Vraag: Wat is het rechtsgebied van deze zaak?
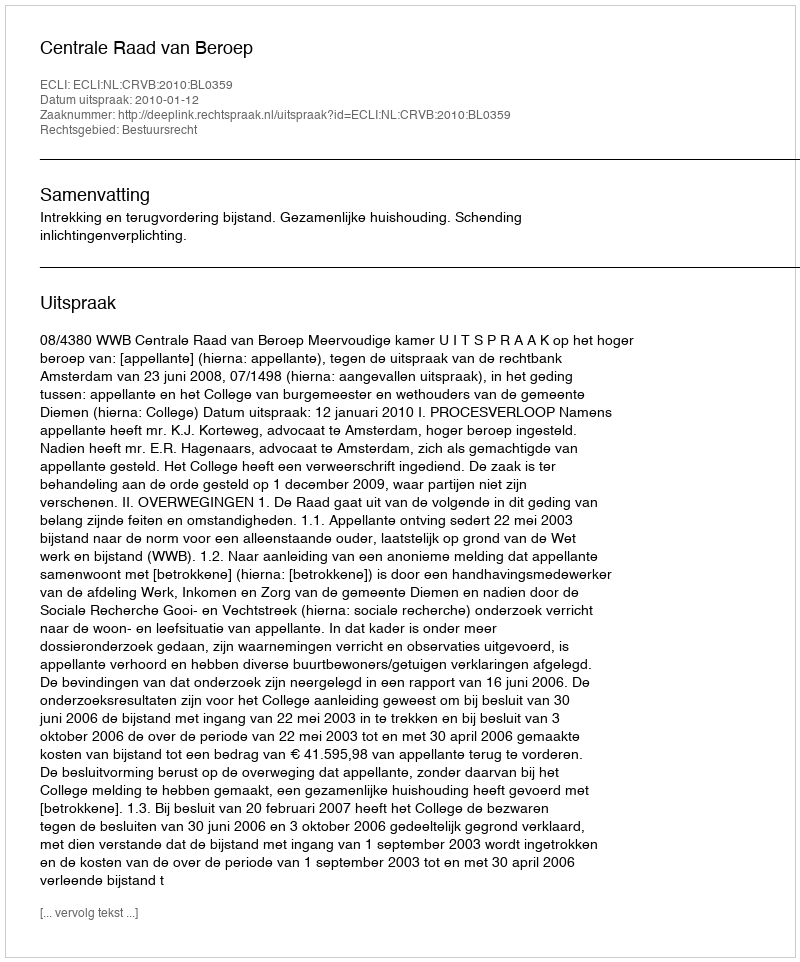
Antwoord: Bestuursrecht